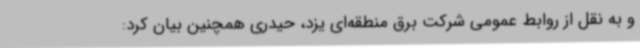
و به نقل از روابط عمومی شرکت برق منطقه‌ای یزد، حیدری همچنین بیان کرد: